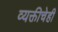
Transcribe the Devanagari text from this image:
व्यक्तीचेही